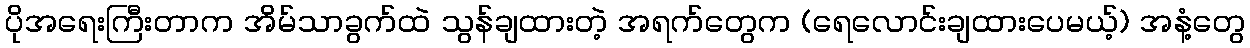
ပိုအရေးကြီးတာက အိမ်သာခွက်ထဲ သွန်ချထားတဲ့ အရက်တွေက (ရေလောင်းချထားပေမယ့်) အနံ့တွေ